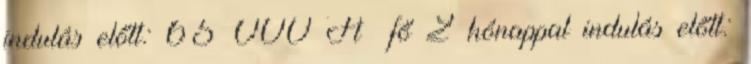
indulás előtt: 65 000 Ft fő 2 hónappal indulás előtt: